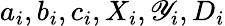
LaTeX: a_{i},b_{i},c_{i},X_{i},\mathscr{Y}_{i},D_{i}